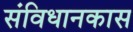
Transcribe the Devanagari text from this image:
संविधानकास